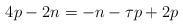
LaTeX: \begin{align*}4p-2n = -n -\tau p + 2p \end{align*}